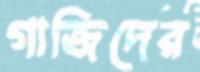
গাজিদের